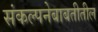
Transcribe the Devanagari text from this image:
संकल्पनेबाबतीतील